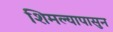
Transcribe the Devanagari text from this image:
शिमल्यापासुन